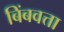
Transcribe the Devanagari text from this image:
बिंबवत्ता